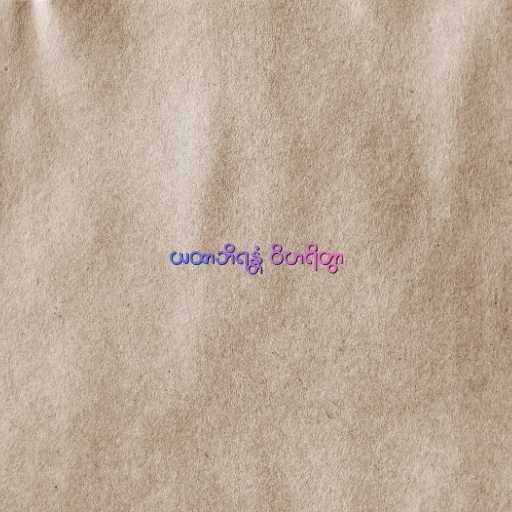
ယထာဘိရန္တံ ဝိဟရိတွာ